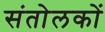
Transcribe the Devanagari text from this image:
संतोलकों